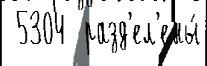
 5304  разд'ел'ены́